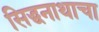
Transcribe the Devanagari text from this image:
सिद्धनाथाचा